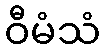
ဝီမံသံ